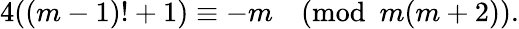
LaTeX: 4((m-1)!+1)\equiv-m{\pmod{m(m+2)}}.